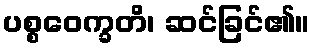
ပစ္စဝေက္ခတိ၊ ဆင်ခြင်၏။